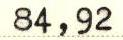
84,92